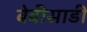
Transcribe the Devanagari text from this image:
बेबीसाडी